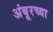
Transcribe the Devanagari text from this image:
अंबूरच्या